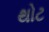
થોટ